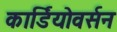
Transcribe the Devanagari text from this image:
कार्डियोवर्सन